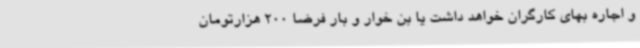
و اجاره بهای کارگران خواهد داشت یا بن خوار و بار فرضا 200 هزارتومان